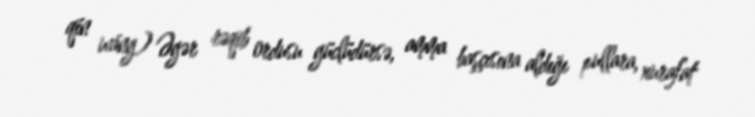
qín wáng) Əgər rəqib ordusu güclüdürsə, amma başçısına aldığı pullara, xurafat